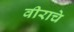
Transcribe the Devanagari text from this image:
वीराचे